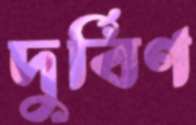
দুর্বিণ